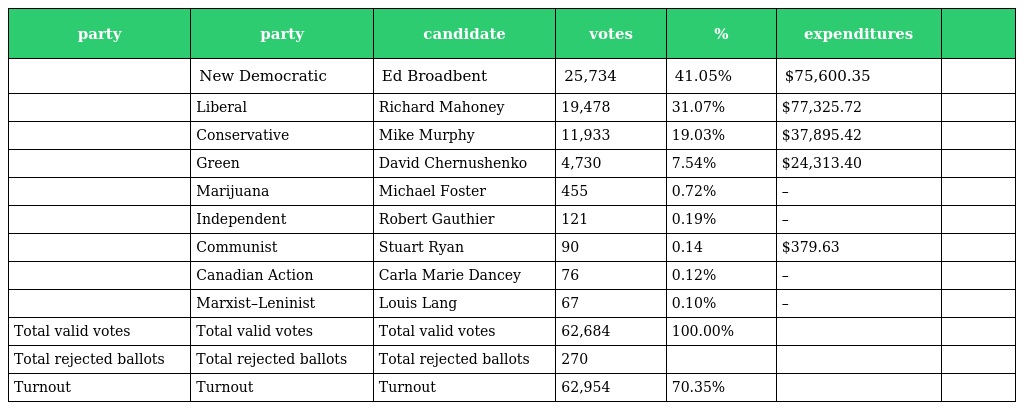
| party | party | candidate | votes | % | expenditures |  |
 | --- | --- | --- | --- | --- | --- | --- |
 |  | New Democratic | Ed Broadbent | 25,734 | 41.05% | $75,600.35 |  |
 |  | Liberal | Richard Mahoney | 19,478 | 31.07% | $77,325.72 |  |
 |  | Conservative | Mike Murphy | 11,933 | 19.03% | $37,895.42 |  |
 |  | Green | David Chernushenko | 4,730 | 7.54% | $24,313.40 |  |
 |  | Marijuana | Michael Foster | 455 | 0.72% | – |  |
 |  | Independent | Robert Gauthier | 121 | 0.19% | – |  |
 |  | Communist | Stuart Ryan | 90 | 0.14 | $379.63 |  |
 |  | Canadian Action | Carla Marie Dancey | 76 | 0.12% | – |  |
 |  | Marxist–Leninist | Louis Lang | 67 | 0.10% | – |  |
 | Total valid votes | Total valid votes | Total valid votes | 62,684 | 100.00% |  |  |
 | Total rejected ballots | Total rejected ballots | Total rejected ballots | 270 |  |  |  |
 | Turnout | Turnout | Turnout | 62,954 | 70.35% |  |  |